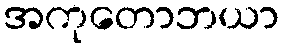
အကုတောဘယာ